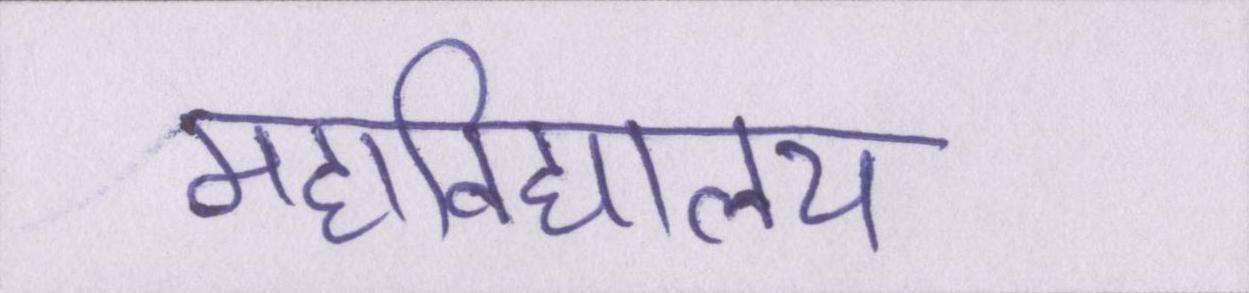
महाविद्यालय